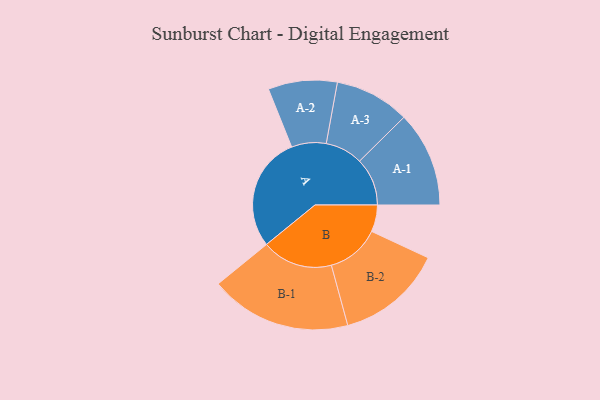
{"axis": {"x": "Segment", "y": "Value"}, "legend": ["", "A", "B"], "data": [{"x": "A", "y": 459, "type": ""}, {"x": "B", "y": 107, "type": ""}, {"x": "A-1", "y": 191, "type": "A"}, {"x": "A-2", "y": 138, "type": "A"}, {"x": "A-3", "y": 150, "type": "A"}, {"x": "B-1", "y": 283, "type": "B"}, {"x": "B-2", "y": 213, "type": "B"}]}